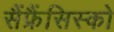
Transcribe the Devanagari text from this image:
सैंफ्रैंसिस्को